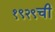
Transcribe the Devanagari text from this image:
१९२९ची